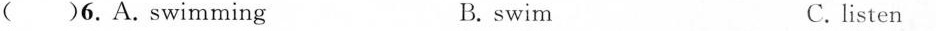
()6.A.swimming B. swim C. listen